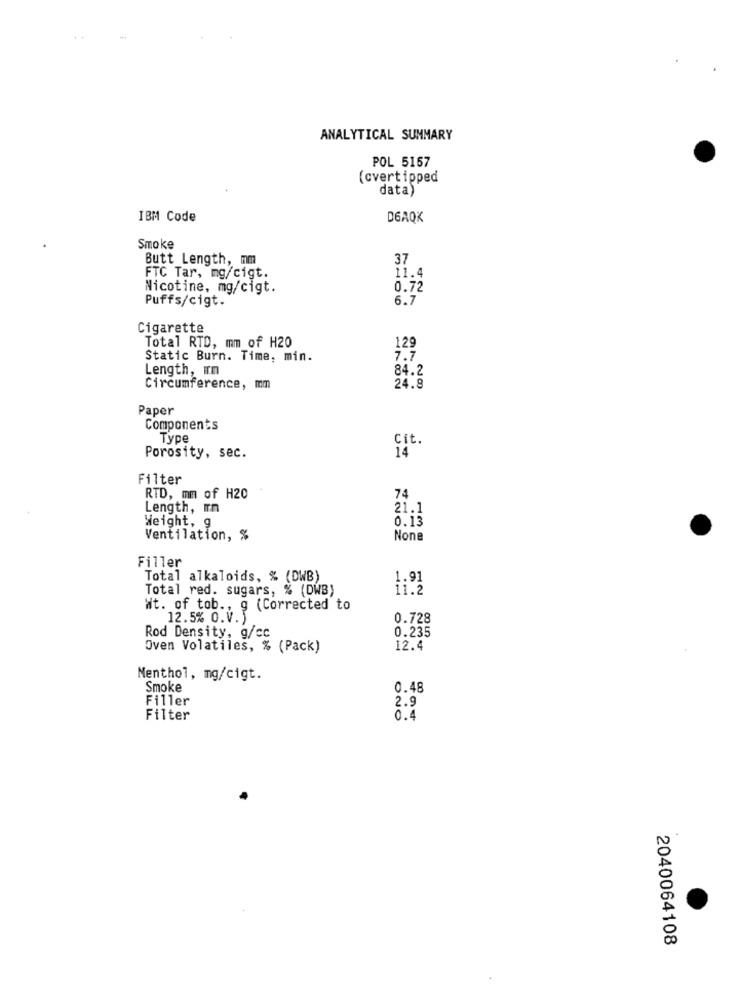
ANALYTICAL SUMMARY
POL 5157
(cvertipped
data
IBM Code
DEAQK
Smoke
Butt Length, mm
37
11.4
FTC Tar, mg/cigt.
Nicotine, mg/cigt.
0.72
Puffs/cigt.
6.7
Cigarette
Total RTD, mm of H20
129
Static Burn. Time, min.
7.7
Length, In
84.2
24.8
Circumference, mm
Paper
Components
Type
Cit.
14
Porosity, sec.
Filter
RTD, mm of H20
74
Length, m
21.1
Weight, g
0.13
Ventilation, %
Filler
Total alkaloids, % (DWB)
1.91
Total red. sugars, % (DWB)
11.2
Wt. of tob ., g (Corrected to
12.5% O.V.)
0.728
Rod Density, g/cc
0.235
Oven Volatiles, % (Pack)
12.4
Menthol, mg/cigt.
Smoke
0.48
Filler
2.9
Filter
0.4
2040064108